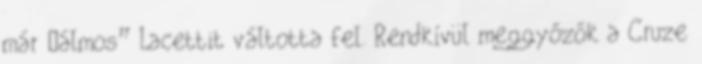
már „álmos” Lacettit váltotta fel. Rendkívül meggyőzők a Cruze